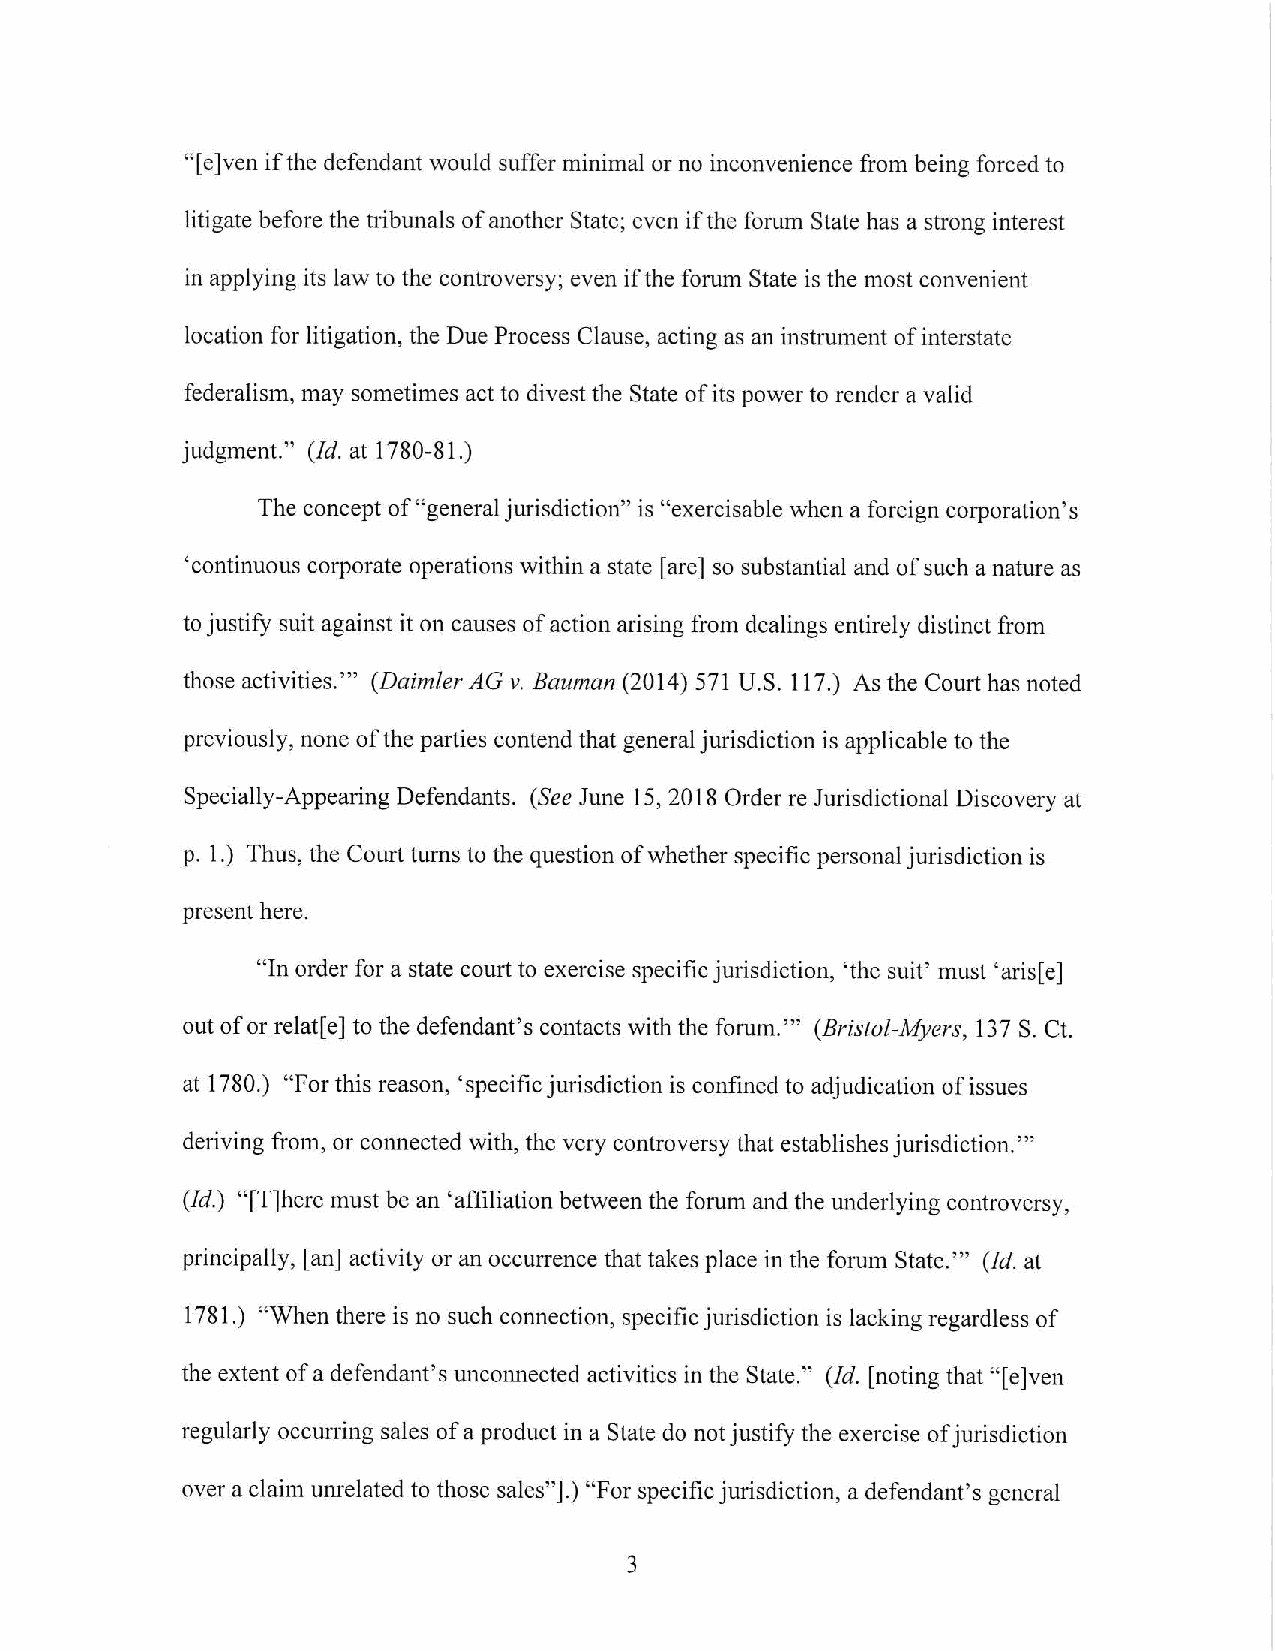
"[e]ven if the defendant would suffer minimal or no inconvenience from being forced to
 litigate before the tribunals of another State; even if the fornm State has a strong interest
 in applying its law to the controversy; even if the fornm State is the most convenient
 location for litigation, the Due Process Clause, acting as an instrument of interstate
 federalism, may sometimes act to divest the State of its power to render a valid
 judgment." (Id. at 1780-81.)
 The concept of "general jurisdiction" is "exercisable when a foreign corporation's
 'continuous corporate operations within a state [are] so substantial and of such a nature as
 to justify suit against it on causes of action arising from dealings entirely distinct from
 those activities."' (Daimler AG v. Bauman (2014) 571 U.S. 117.) As the Court has noted
 previously, none of the parties contend that general jurisdiction is applicable to the
 Specially-Appearing Defendants. (See June 15, 2018 Order re Jurisdictional Discovery at
 p. 1.) Thus, the Court turns to the question of whether specific personal jurisdiction is
 present here.
 "In order for a state com1 to exercise specific jurisdiction, 'the suit' must 'aris[e]
 out of or relat[e] to the defendant's contacts with the forum."' (Bristol-Myers, 137 S. Ct.
 at 1780.) "For this reason, 'specific jurisdiction is confined to adjudication of issues
 deriving from, or connected with, the very controversy that establishes jurisdiction.'"
 (Id.) "[T]here must be an 'affiliation between the forum and the underlying controversy,
 principally, [an] activity or an occurrence that takes place in the forum State."' (Id. at
 1781.) "When there is no such connection, specific jurisdiction is lacking regardless of
 the extent of a defendant's unconnected activities in the State." (Id. [noting that "[e]ven
 regularly occurring sales of a product in a State do not justify the exercise of jurisdiction
 over a claim unrelated to those sales").) "For specific jurisdiction, a defendant's general
 3